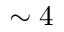
\sim 4